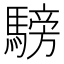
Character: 騯